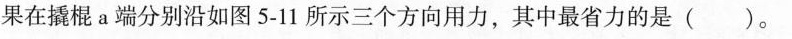
果在撬棍a端分别沿如图5-11所示三个方向用力，其中最省力的是( )。